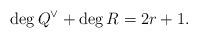
LaTeX: \begin{align*}\deg Q^{\vee} +\deg R =2r+1.\end{align*}